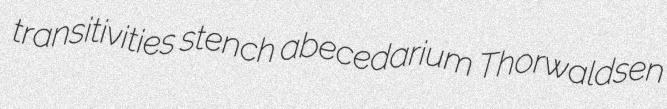
transitivities stench abecedarium Thorwaldsen